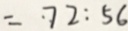
= \cdot 7 2 : 5 6